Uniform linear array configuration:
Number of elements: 8
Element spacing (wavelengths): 0.25
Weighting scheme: kaiser
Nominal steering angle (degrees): -45
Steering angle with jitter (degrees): -43.278
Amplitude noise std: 0.05
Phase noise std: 0.05

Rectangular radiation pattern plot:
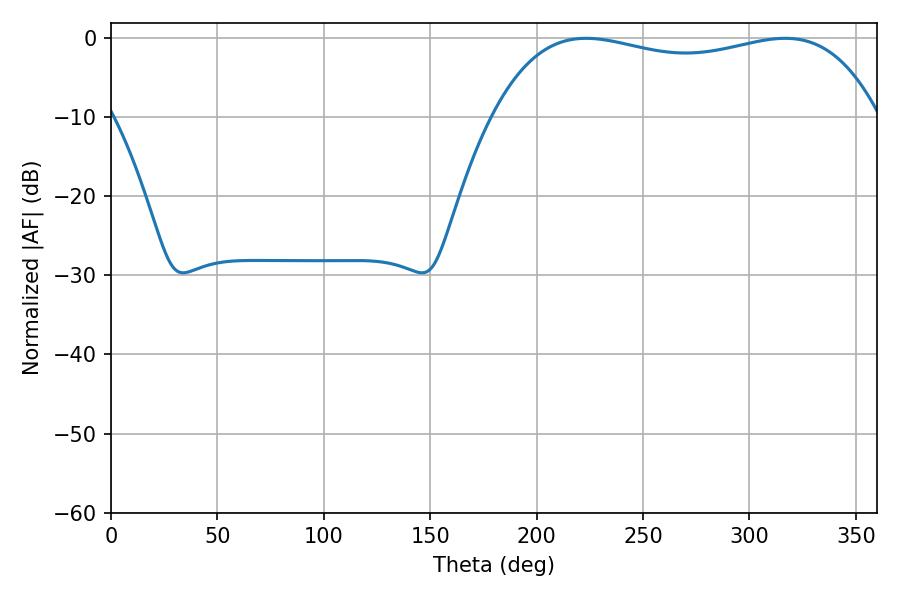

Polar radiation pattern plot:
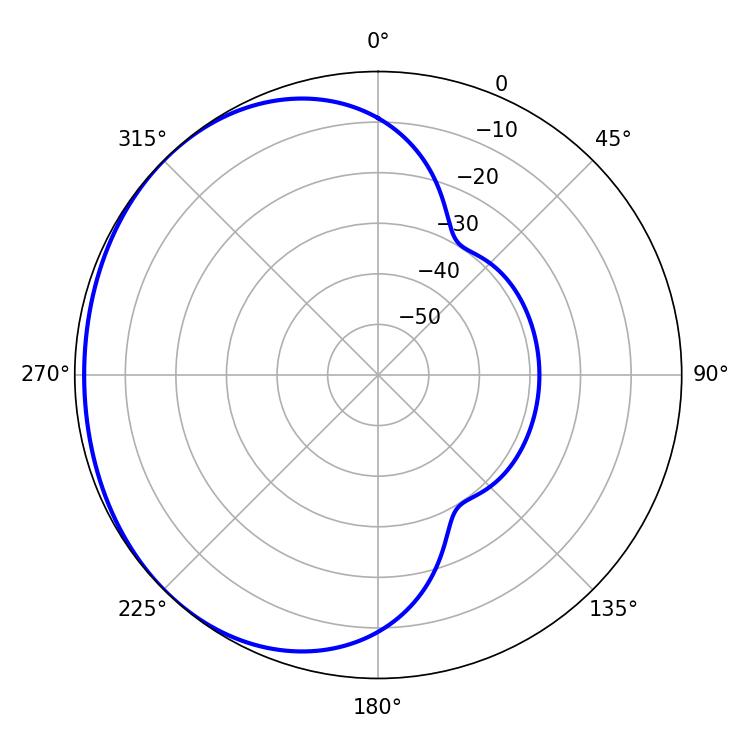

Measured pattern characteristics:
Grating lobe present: FALSE
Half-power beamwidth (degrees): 146.88
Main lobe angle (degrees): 223.2